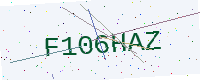
Text: F106HAZ